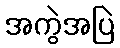
အကွဲအပြဲ